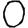
Digit: 0